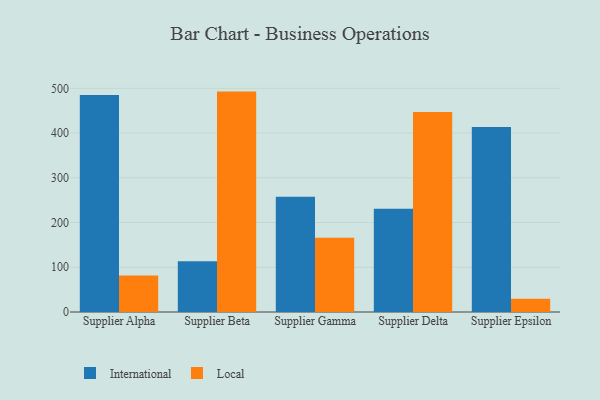
{"axis": {"x": "Supplier", "y": "Bounce Rate (%)"}, "legend": ["International", "Local"], "data": [{"x": "Supplier Alpha", "y": 485.0, "type": "International"}, {"x": "Supplier Alpha", "y": 81.4, "type": "Local"}, {"x": "Supplier Beta", "y": 113.4, "type": "International"}, {"x": "Supplier Beta", "y": 492.7, "type": "Local"}, {"x": "Supplier Gamma", "y": 257.8, "type": "International"}, {"x": "Supplier Gamma", "y": 166.2, "type": "Local"}, {"x": "Supplier Delta", "y": 230.9, "type": "International"}, {"x": "Supplier Delta", "y": 447.1, "type": "Local"}, {"x": "Supplier Epsilon", "y": 413.5, "type": "International"}, {"x": "Supplier Epsilon", "y": 29.6, "type": "Local"}]}